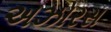
અઝોરસ